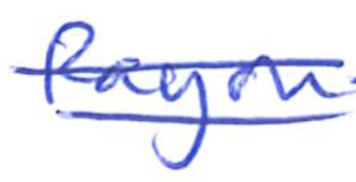
Text: Rayon
Cross-out: mix
Writing tool: ballpoint